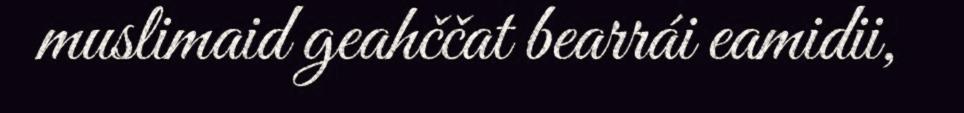
muslimaid geahččat bearrái eamidii,